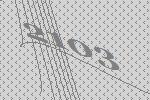
2103